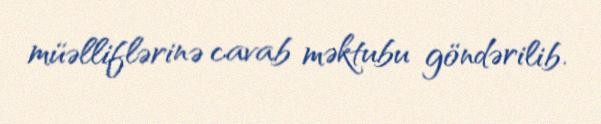
müəlliflərinə cavab məktubu göndərilib.